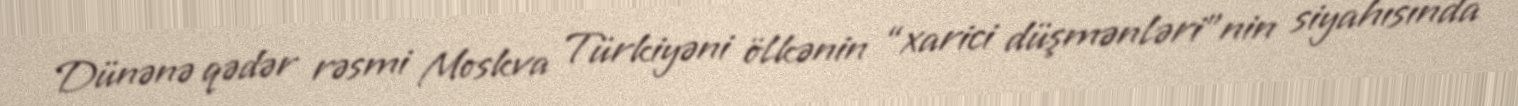
Dünənə qədər rəsmi Moskva Türkiyəni ölkənin “xarici düşmənləri”nin siyahısında